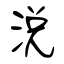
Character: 涗